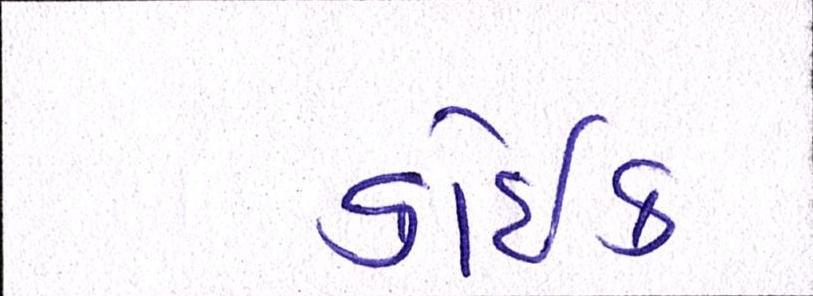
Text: કોઈક